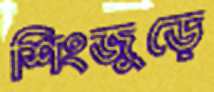
শিংজুড়ে